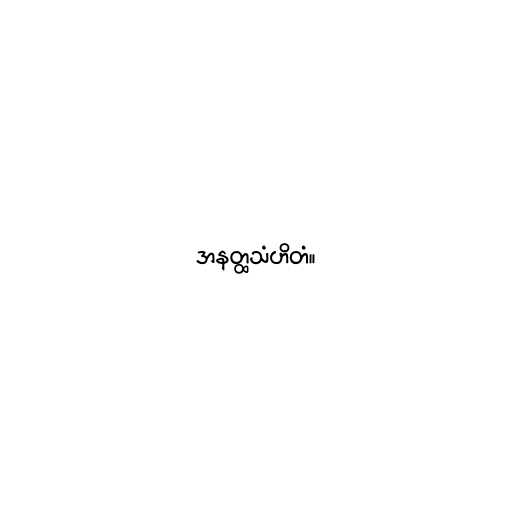
အနတ္ထသံဟိတံ။